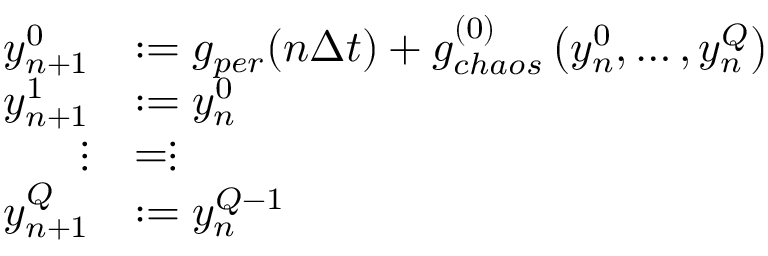
\begin{array} { r l } { y _ { n + 1 } ^ { 0 } } & { : = g _ { p e r } ( n \Delta t ) + g _ { c h a o s } ^ { ( 0 ) } \left( y _ { n } ^ { 0 } , \ldots , y _ { n } ^ { Q } \right) } \\ { y _ { n + 1 } ^ { 1 } } & { : = y _ { n } ^ { 0 } } \\ { \vdots } & { = \vdots } \\ { y _ { n + 1 } ^ { Q } } & { : = y _ { n } ^ { Q - 1 } } \end{array}